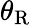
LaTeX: \theta_{\textup R}